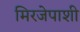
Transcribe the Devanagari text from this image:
मिरजेपाशी